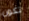
تكون